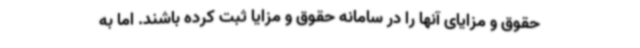
حقوق و مزایای آنها را در سامانه حقوق و مزایا ثبت کرده باشند. اما به